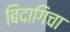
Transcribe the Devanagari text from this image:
बिदागिचा